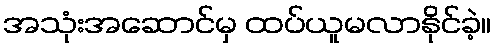
အသုံးအဆောင်မှ ထပ်ယူမလာနိုင်ခဲ့။